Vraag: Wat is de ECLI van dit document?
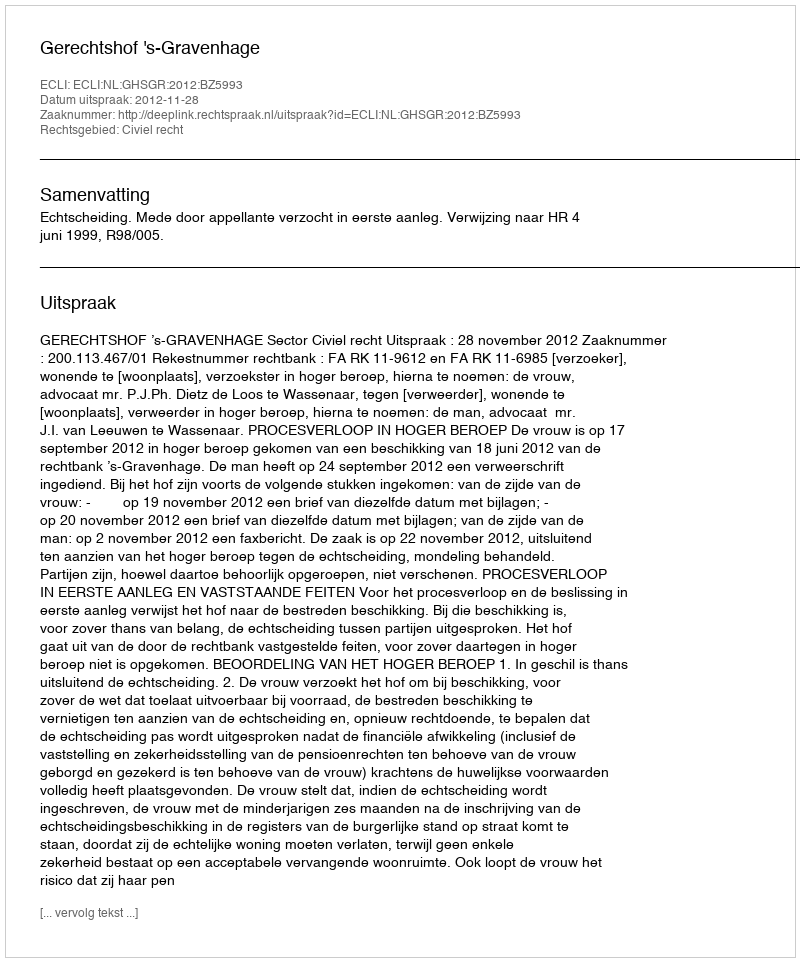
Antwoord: ECLI:NL:GHSGR:2012:BZ5993